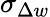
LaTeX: \sigma_{\Delta w}